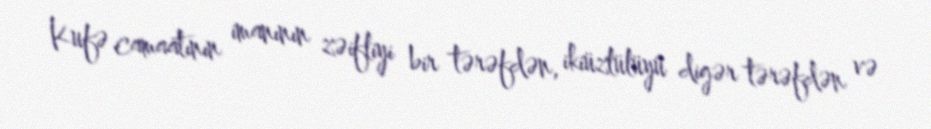
Kufə camaatının imanının zəifliyi bir tərəfdən, ikiüzlülüyü digər tərəfdən və